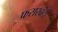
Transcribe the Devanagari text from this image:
फसरबंदी